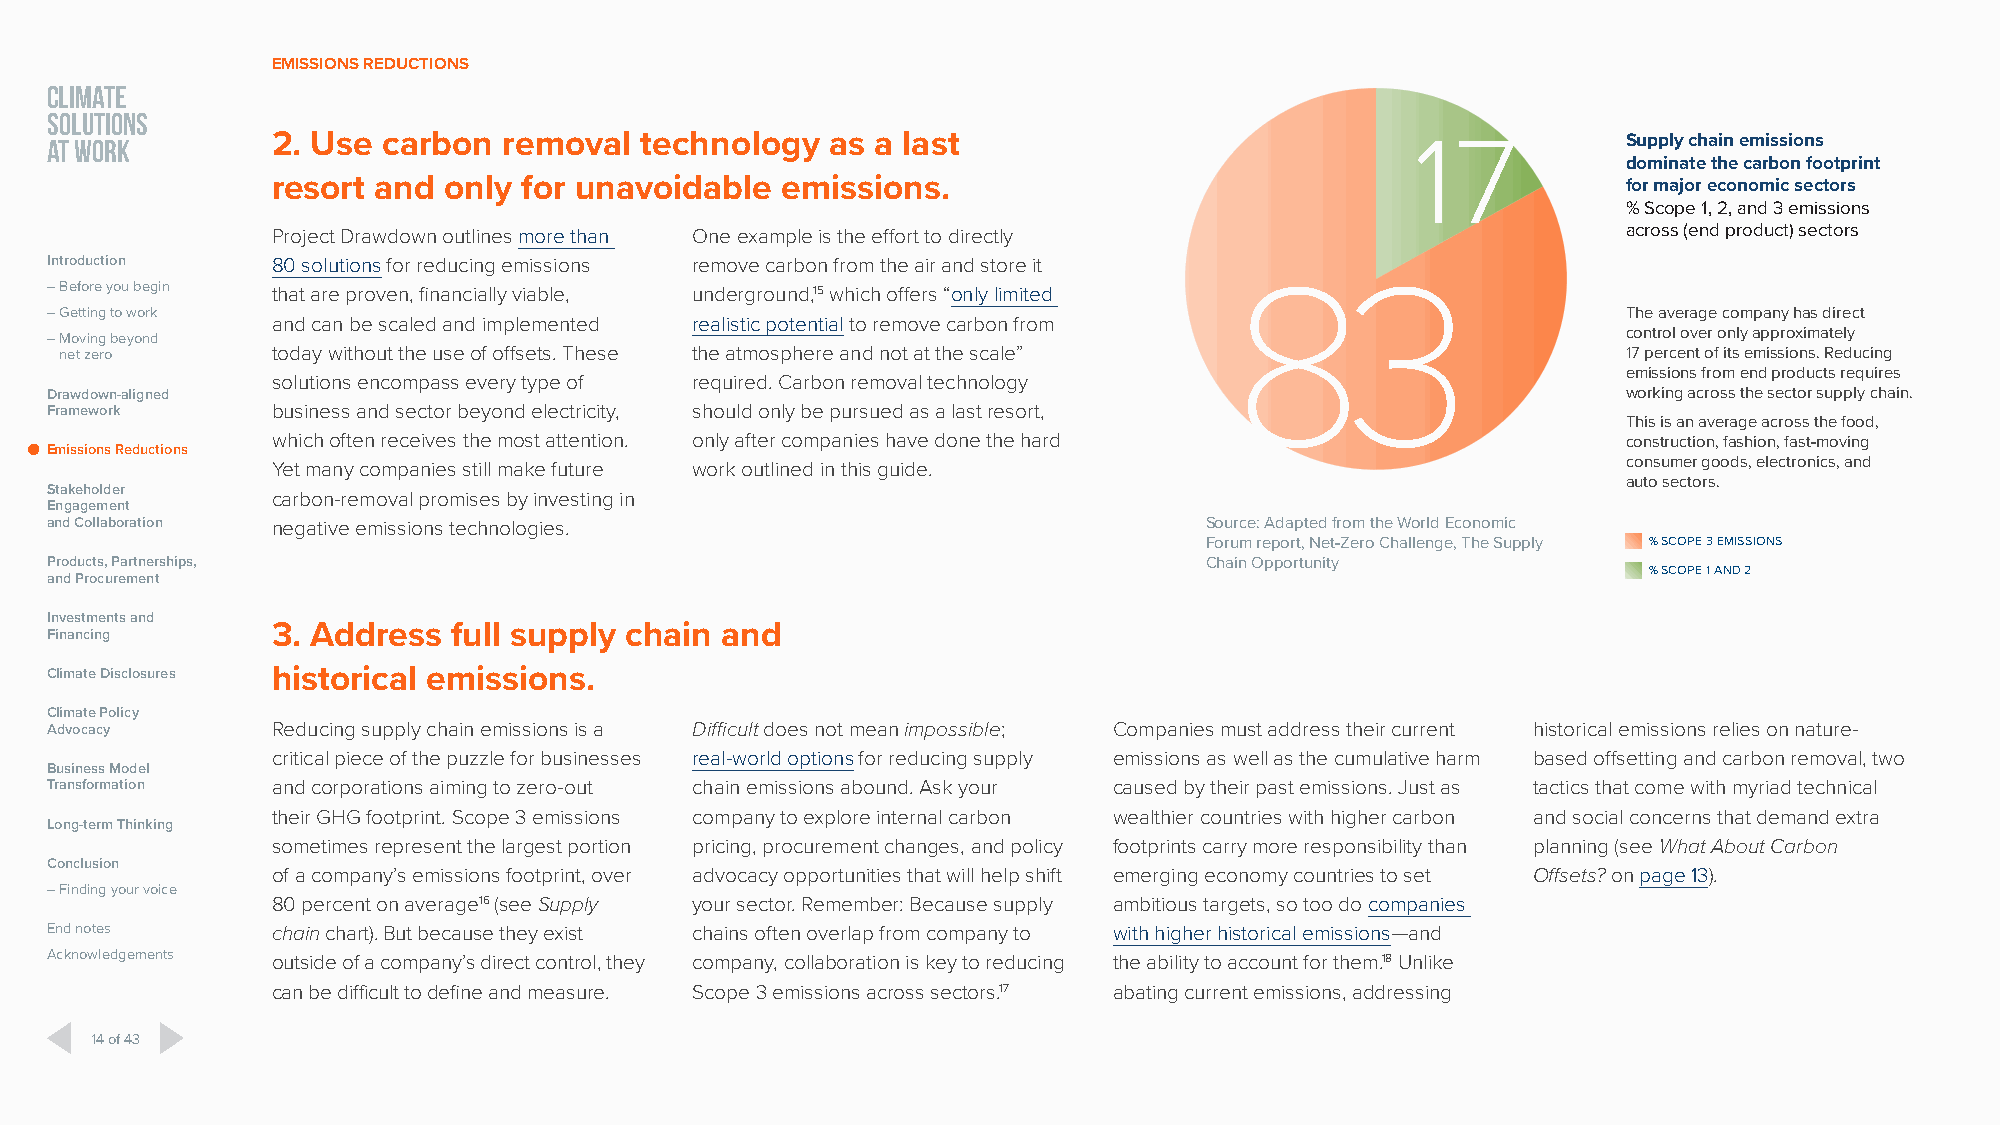
EMISSIONS REDUCTIONS
 CLIMATE
 SOLUTIONS
 AT WORK        2. Use carbon  removal  technology   as a last                              17            Supply chain emissions
 dominate the carbon footprint
 resort and only  for unavoidable  emissions.                                              for major economic sectors
 % Scope 1, 2, and 3 emissions
 Project Drawdown outlines more than One example is the effort to directly                 across (end product) sectors
 Introduction   80 solutions for reducing emissions remove carbon from the air and store it
 – Before you begin that are proven, financially viable, underground,15 which offers “only limited 83
 – Getting to work                                                                                        The average company has direct
 and can be scaled and implemented realistic potential to remove carbon from
 control over only approximately
 – Moving beyond
 net zero      today without the use of offsets. These the atmosphere and not at the scale”              17 percent of its emissions. Reducing
 emissions from end products requires
 solutions encompass every type of required. Carbon removal technology
 Drawdown-aligned                                                                                         working across the sector supply chain.
 Framework      business and sector beyond electricity, should only be pursued as a last resort,
 This is an average across the food,
 which often receives the most attention. only after companies have done the hard          construction, fashion, fast-moving
 Emissions Reductions
 Yet many companies still make future work outlined in this guide.                         consumer goods, electronics, and
 auto sectors.
 Stakeholder
 carbon-removal promises by investing in
 Engagement
 and Collaboration negative emissions technologies.                           Source: Adapted from the World Economic
 Forum report, Net-Zero Challenge, The Supply % SCOPE 3 EMISSIONS
 Products, Partnerships,                                                      Chain Opportunity
 and Procurement
 % SCOPE 1 AND 2
 Investments and
 Financing      3. Address  full supply chain and
 Climate Disclosures historical emissions.
 Climate Policy
 Advocacy       Reducing supply chain emissions is a Difficult does not mean impossible; Companies must address their current historical emissions relies on nature-
 critical piece of the puzzle for businesses real-world options for reducing supply emissions as well as the cumulative harm based offsetting and carbon removal, two
 Business Model
 Transformation and corporations aiming to zero-out chain emissions abound. Ask your caused by their past emissions. Just as tactics that come with myriad technical
 their GHG footprint. Scope 3 emissions company to explore internal carbon wealthier countries with higher carbon and social concerns that demand extra
 Long-term Thinking
 sometimes represent the largest portion pricing, procurement changes, and policy footprints carry more responsibility than planning (see What About Carbon
 Conclusion
 of a company’s emissions footprint, over advocacy opportunities that will help shift emerging economy countries to set Offsets? on page 13).
 – Finding your voice
 80 percent on average16 (see Supply your sector. Remember: Because supply ambitious targets, so too do companies
 End notes      chain chart). But because they exist chains often overlap from company to with higher historical emissions—and
 Acknowledgements outside of a company’s direct control, they company, collaboration is key to reducing the ability to account for them.18 Unlike
 can be difficult to define and measure. Scope 3 emissions across sectors.17 abating current emissions, addressing
 14 of 43